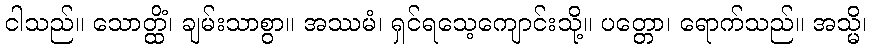
ငါသည်။ သောတ္ထိံ၊ ချမ်းသာစွာ။ အဿမံ၊ ရှင်ရသေ့ကျောင်းသို့။ ပတ္တော၊ ရောက်သည်။ အသ္မိ၊